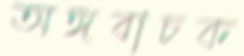
অঙ্গবাচক